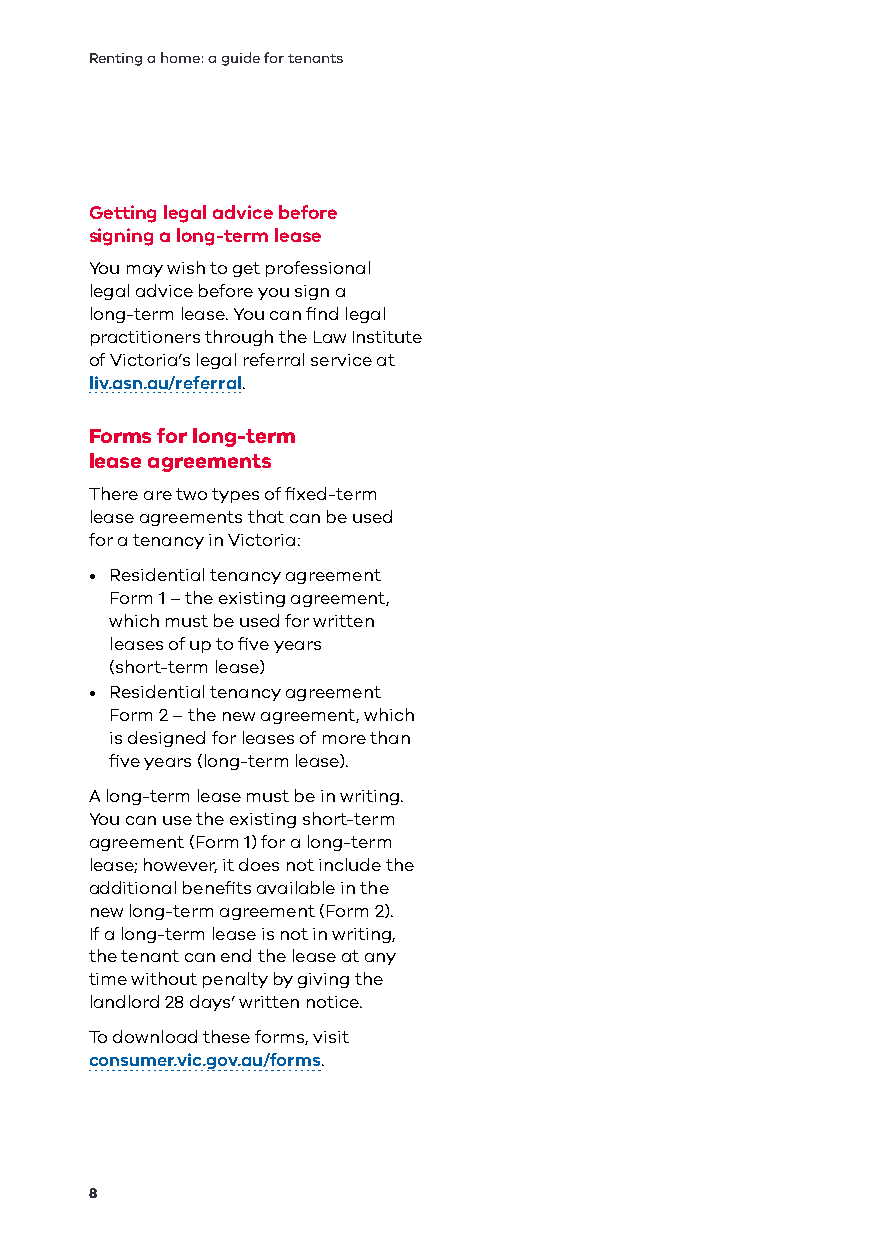
Renting a home: a guide for tenants
 Getting legal advice before
 signing a long-term lease
 You may wish to get professional
 legal advice before you sign a
 long-term lease. You can find legal
 practitioners through the Law Institute
 of Victoria’s legal referral service at
 liv.asn.au/referral.
 Forms for long-term
 lease agreements
 There are two types of fixed-term
 lease agreements that can be used
 for a tenancy in Victoria:
 • Residential tenancy agreement
 Form 1 – the existing agreement,
 which must be used for written
 leases of up to five years
 (short-term lease)
 • Residential tenancy agreement
 Form 2 – the new agreement, which
 is designed for leases of more than
 five years (long-term lease).
 A long-term lease must be in writing.
 You can use the existing short-term
 agreement (Form 1) for a long-term
 lease; however, it does not include the
 additional benefits available in the
 new long-term agreement (Form 2).
 If a long-term lease is not in writing,
 the tenant can end the lease at any
 time without penalty by giving the
 landlord 28 days’ written notice.
 To download these forms, visit
 consumer.vic.gov.au/forms.
 8